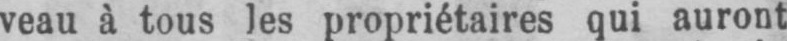
veau à tous les propriétaires qui auront